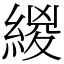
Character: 緵